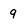
Character: 9